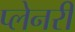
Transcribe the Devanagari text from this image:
प्लेनरी